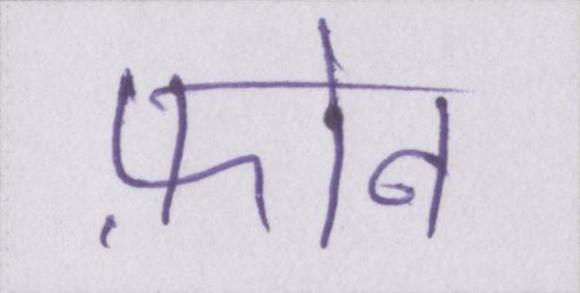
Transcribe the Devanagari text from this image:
फ़ोन